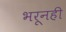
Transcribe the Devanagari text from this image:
भरूनही